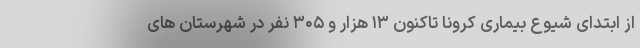
از ابتدای شیوع بیماری کرونا تاکنون ۱۳ هزار و ۳۰۵ نفر در شهرستان های